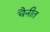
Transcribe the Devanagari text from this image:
चैनीत